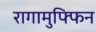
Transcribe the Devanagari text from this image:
रागामुफ्फिन